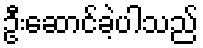
ဦးဆောင်ခဲ့ပါသည်